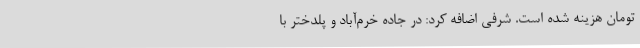
تومان هزینه شده است. شرفی اضافه کرد: در جاده خرم‌آباد و پلدختر با